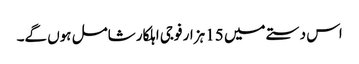
اس دستے میں 15 ہزار فوجی اہلکار شامل ہوں گے۔